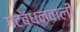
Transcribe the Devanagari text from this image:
गटबंधनवाली